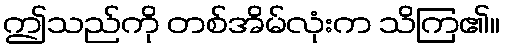
ဤသည်ကို တစ်အိမ်လုံးက သိကြ၏။